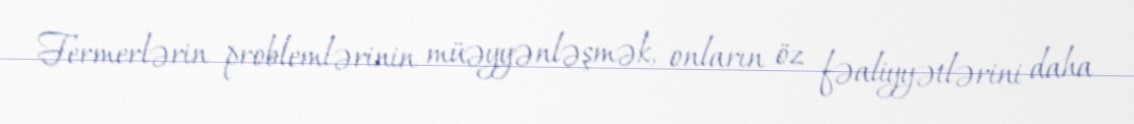
Fermerlərin problemlərinin müəyyənləşmək, onların öz fəaliyyətlərini daha